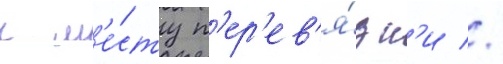
к м'е́сту п'ер'ев'я́зк'и //